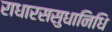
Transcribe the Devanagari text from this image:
राधारससुधानिधि